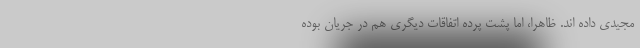
مجیدی داده اند. ظاهرا، اما پشت پرده اتفاقات دیگری هم در جریان بوده